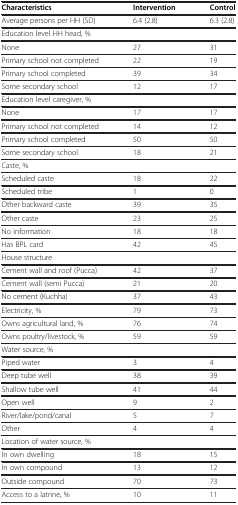
<table><thead><tr><td><b>Characteristics</b></td><td><b>Intervention</b></td><td><b>Control</b></td></tr></thead><tbody><tr><td>Average persons per HH (SD)</td><td>6.4 (2.8)</td><td>6.3 (2.8)</td></tr><tr><td>Education level HH head, %</td><td> </td><td> </td></tr><tr><td>None</td><td>27</td><td>31</td></tr><tr><td>Primary school not completed</td><td>22</td><td>19</td></tr><tr><td>Primary school completed</td><td>39</td><td>34</td></tr><tr><td>Some secondary school</td><td>12</td><td>17</td></tr><tr><td>Education level caregiver, %</td><td> </td><td> </td></tr><tr><td>None</td><td>17</td><td>17</td></tr><tr><td>Primary school not completed</td><td>14</td><td>12</td></tr><tr><td>Primary school completed</td><td>50</td><td>50</td></tr><tr><td>Some secondary school</td><td>18</td><td>21</td></tr><tr><td>Caste, %</td><td> </td><td> </td></tr><tr><td>Scheduled caste</td><td>18</td><td>22</td></tr><tr><td>Scheduled tribe</td><td>1</td><td>0</td></tr><tr><td>Other backward caste</td><td>39</td><td>35</td></tr><tr><td>Other caste</td><td>23</td><td>25</td></tr><tr><td>No information</td><td>18</td><td>18</td></tr><tr><td>Has BPL card</td><td>42</td><td>45</td></tr><tr><td>House structure</td><td> </td><td> </td></tr><tr><td>Cement wall and roof (Pucca)</td><td>42</td><td>37</td></tr><tr><td>Cement wall (semi Pucca)</td><td>21</td><td>20</td></tr><tr><td>No cement (Kuchha)</td><td>37</td><td>43</td></tr><tr><td>Electricity, %</td><td>79</td><td>73</td></tr><tr><td>Owns agricultural land, %</td><td>76</td><td>74</td></tr><tr><td>Owns poultry/livestock, %</td><td>59</td><td>59</td></tr><tr><td>Water source, %</td><td> </td><td> </td></tr><tr><td>Piped water</td><td>3</td><td>4</td></tr><tr><td>Deep tube well</td><td>38</td><td>39</td></tr><tr><td>Shallow tube well</td><td>41</td><td>44</td></tr><tr><td>Open well</td><td>9</td><td>2</td></tr><tr><td>River/lake/pond/canal</td><td>5</td><td>7</td></tr><tr><td>Other</td><td>4</td><td>4</td></tr><tr><td>Location of water source, %</td><td> </td><td> </td></tr><tr><td>In own dwelling</td><td>18</td><td>15</td></tr><tr><td>In own compound</td><td>13</td><td>12</td></tr><tr><td>Outside compound</td><td>70</td><td>73</td></tr><tr><td>Access to a latrine, %</td><td>10</td><td>11</td></tr></tbody></table>